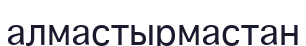
алмастырмастан